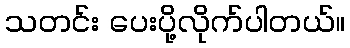
သတင်း ပေးပို့လိုက်ပါတယ်။